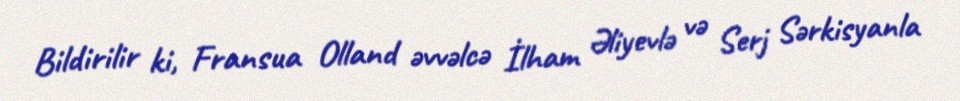
Bildirilir ki, Fransua Olland əvvəlcə İlham Əliyevlə və Serj Sərkisyanla